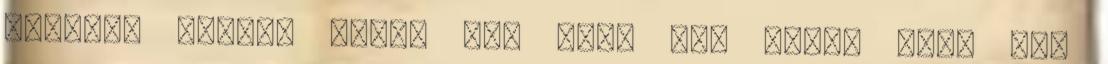
terület felett halad el. “Nem írt egyik cikk sem